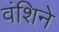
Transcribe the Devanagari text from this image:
वंशिने